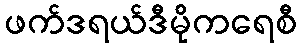
ဖက်ဒရယ်ဒီမိုကရေစီ